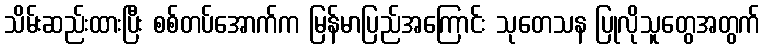
သိမ်းဆည်းထားပြီး စစ်တပ်အောက်က မြန်မာပြည်အကြောင်း သုတေသန ပြုလိုသူတွေအတွက်